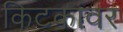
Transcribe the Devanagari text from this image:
किटकांवर